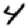
Digit: 4